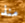
منذ